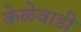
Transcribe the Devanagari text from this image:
केळेवाडी